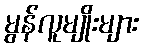
မွန်လူမျိုးများ